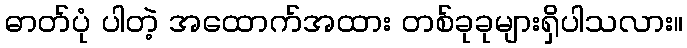
ဓာတ်ပုံ ပါတဲ့ အထောက်အထား တစ်ခုခုများရှိပါသလား။